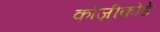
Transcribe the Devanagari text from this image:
कोज़ीकोडे